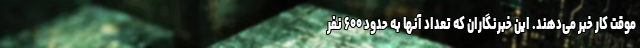
موقت کار خبر می‌دهند. این خبرنگاران که تعداد آنها به حدود ۶۰۰ نفر